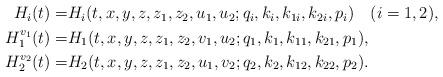
LaTeX: \begin{align*}\begin{aligned}{H}_{i}(t)=& H_{i}(t,x,y,z,z_1,z_2,u_1,u_2;q_i,k_i,k_{1i},k_{2i},p_i)\quad(i=1,2),\\{H}_{1}^{v_1}(t)=& H_{1}(t,x,y,z,z_1,z_2,v_1,u_2;q_1,k_1,k_{11},k_{21},p_1),\\{H}_{2}^{v_2}(t)=& H_{2}(t,x,y,z,z_1,z_2,u_1,v_2;q_2,k_2,k_{12},k_{22},p_2).\end{aligned}\end{align*}